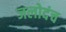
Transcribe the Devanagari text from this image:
जलोदंच